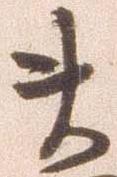
ま